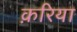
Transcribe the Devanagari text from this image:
क़रिया